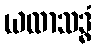
ယထာသဒ္ဓံ